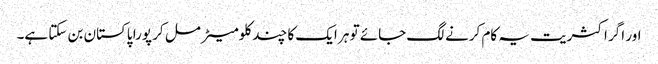
اور اگر اکثریت یہ کام کرنے لگ جائے تو ہر ایک کا چند کلومیٹر مل کر پورا پاکستان بن سکتا ہے۔